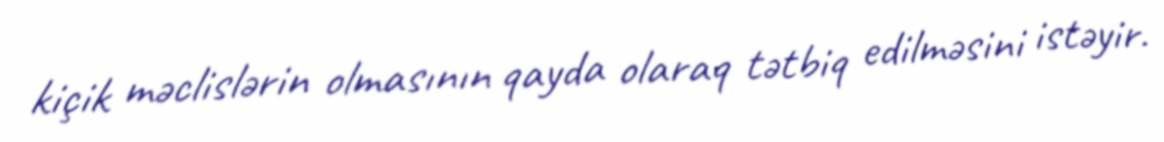
kiçik məclislərin olmasının qayda olaraq tətbiq edilməsini istəyir.